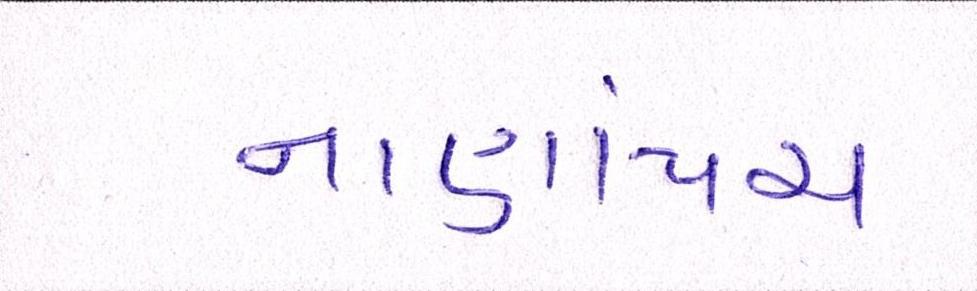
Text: નાણાંપંચ